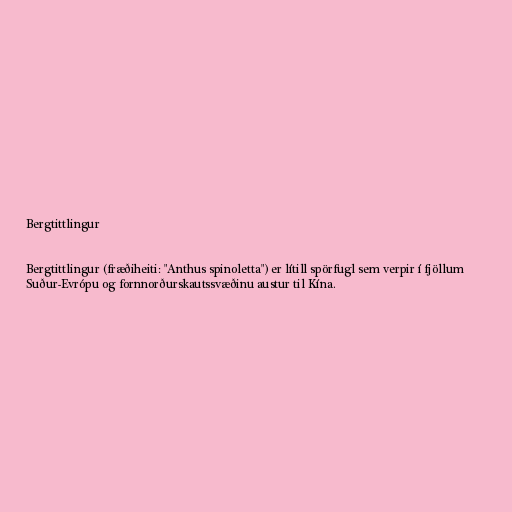
Bergtittlingur

Bergtittlingur (fræðiheiti: "Anthus spinoletta") er lítill spörfugl sem verpir í fjöllum
Suður-Evrópu og fornnorðurskautssvæðinu austur til Kína.